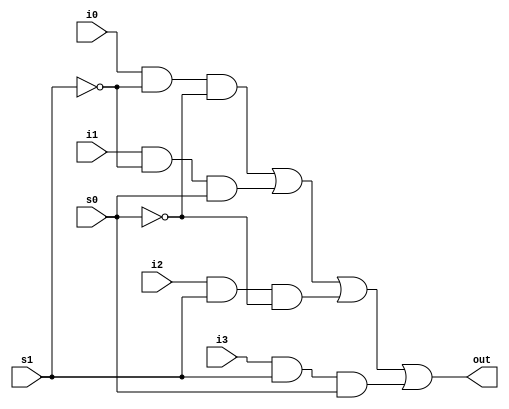

module mux4_to_1 (out, i0, i1, i2, i3, s1, s0);

output out;
input i0, i1, i2, i3;
input s1, s0;

wire s1n, s0n;
wire y0, y1, y2, y3;

not (s1n, s1);
not (s0n, s0);

and (y0, i0, s1n, s0n);
and (y1, i1, s1n, s0);
and (y2, i2, s1, s0n);
and (y3, i3, s1, s0);

or (out, y0, y1, y2, y3);

endmodule